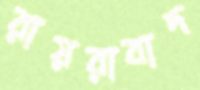
রায়রাবাদ